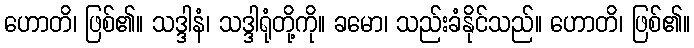
ဟောတိ၊ ဖြစ်၏။ သဒ္ဒါနံ၊ သဒ္ဒါရုံတို့ကို။ ခမော၊ သည်းခံနိုင်သည်။ ဟောတိ၊ ဖြစ်၏။